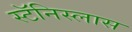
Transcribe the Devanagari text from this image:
स्टॅनिस्लास